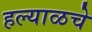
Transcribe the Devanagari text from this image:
हल्याळचे